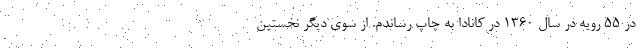
در ۵۵ رویه در سال ۱۳۶۰ در کانادا به چاپ رساندم. از سوی دیگر نخستین